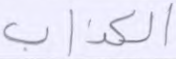
الكذاب